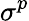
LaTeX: \sigma^{p}